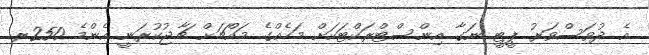
އެ ދުވަސްވަރު ޕީޓީ ނަގާ އިންސްޓްރަކްޓަކަށް މަހެއްގެ މައްޗަށް ޗާޖުކުރަނީ އެންމެ 250ރ.